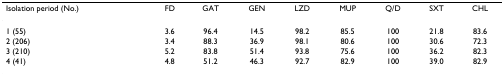
<table><thead><tr><td><b>Isolation period (No.)</b></td><td><b>FD</b></td><td><b>GAT</b></td><td><b>GEN</b></td><td><b>LZD</b></td><td><b>MUP</b></td><td><b>Q/D</b></td><td><b>SXT</b></td><td><b>CHL</b></td></tr></thead><tbody><tr><td>1 (55)</td><td>3.6</td><td>96.4</td><td>14.5</td><td>98.2</td><td>85.5</td><td>100</td><td>21.8</td><td>83.6</td></tr><tr><td>2 (206)</td><td>3.4</td><td>88.3</td><td>36.9</td><td>98.1</td><td>80.6</td><td>100</td><td>30.6</td><td>72.3</td></tr><tr><td>3 (210)</td><td>5.2</td><td>83.8</td><td>51.4</td><td>93.8</td><td>75.6</td><td>100</td><td>36.2</td><td>82.3</td></tr><tr><td>4 (41)</td><td>4.8</td><td>51.2</td><td>46.3</td><td>92.7</td><td>82.9</td><td>100</td><td>39.0</td><td>82.9</td></tr></tbody></table>